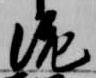
泥